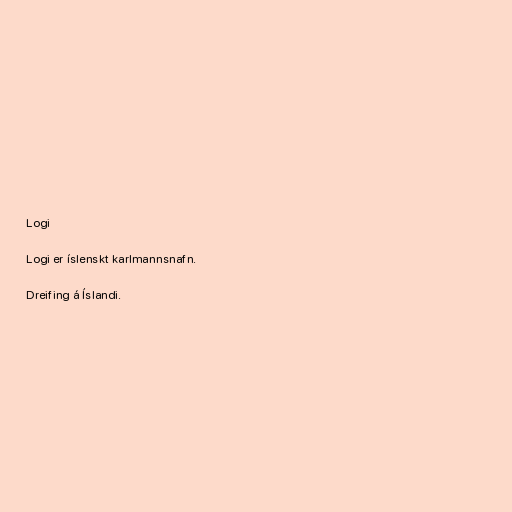
Logi

Logi er íslenskt karlmannsnafn.

Dreifing á Íslandi.